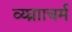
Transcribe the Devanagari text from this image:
व्य्घ्रााचर्म